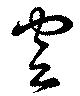
空